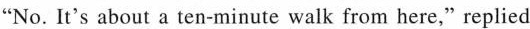
"No. It's about a ten-minute walk from here," replied